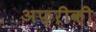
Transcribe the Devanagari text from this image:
अफ्ऱीक़ी